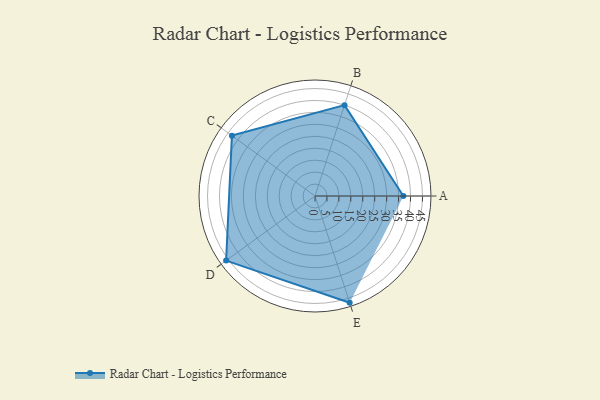
{"axis": {"x": "Skill", "y": "Score"}, "legend": ["Profile"], "data": [{"x": "A", "y": 37.0, "type": "Profile"}, {"x": "B", "y": 40.0, "type": "Profile"}, {"x": "C", "y": 43.0, "type": "Profile"}, {"x": "D", "y": 46.0, "type": "Profile"}, {"x": "E", "y": 47.0, "type": "Profile"}]}